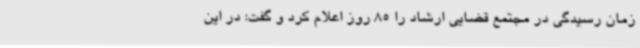
زمان رسیدگی در مجتمع قضایی ارشاد را 85 روز اعلام کرد و گفت: در این